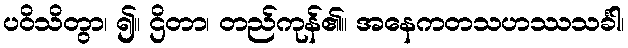
ပဝိသိတွာ၊ ၍။ ဌိတာ၊ တည်ကုန်၏။ အနေကတသဟဿသင်္ခါ၊